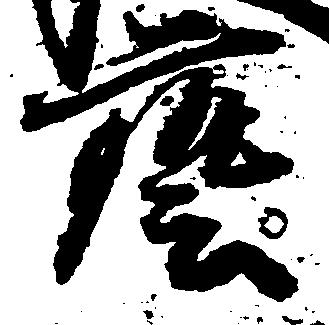
芸